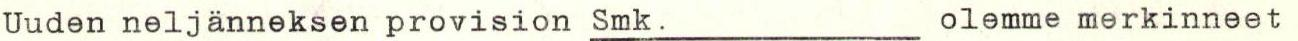
Uuden neljänneksen provision Smk. olemme merkinneet